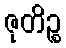
ဇုတိဉ္စ